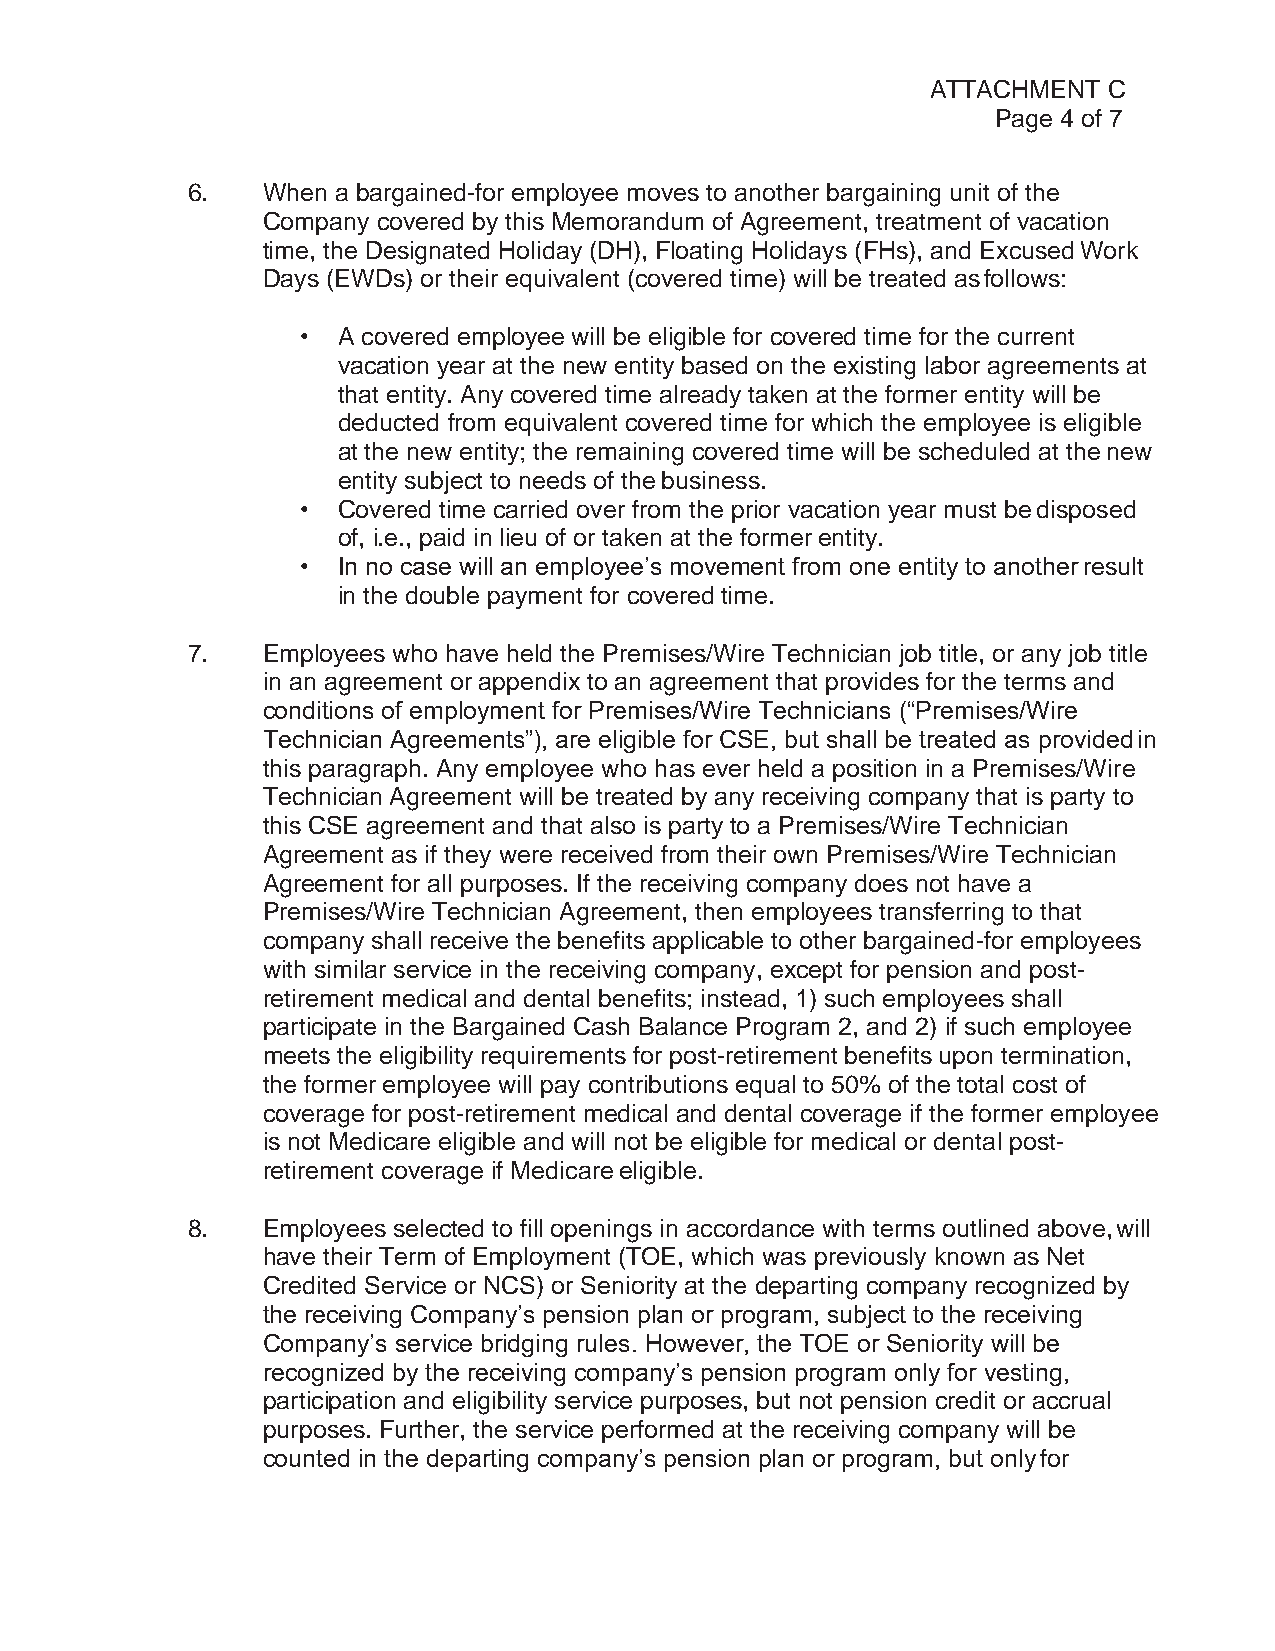
ATTACHMENT C
 Page 4 of 7
 6.   When a bargained-for employee moves to another bargaining unit of the
 Company covered by this Memorandum of Agreement, treatment of vacation
 time, the Designated Holiday (DH), Floating Holidays (FHs), and Excused Work
 Days (EWDs) or their equivalent (covered time) will be treated as follows:
 • A covered employee will be eligible for covered time for the current
 vacation year at the new entity based on the existing labor agreements at
 that entity. Any covered time already taken at the former entity will be
 deducted from equivalent covered time for which the employee is eligible
 at the new entity; the remaining covered time will be scheduled at the new
 entity subject to needs of the business.
 • Covered time carried over from the prior vacation year must be disposed
 of, i.e., paid in lieu of or taken at the former entity.
 • In no case will an employee’s movement from one entity to another result
 in the double payment for covered time.
 7.   Employees who have held the Premises/Wire Technician job title, or any job title
 in an agreement or appendix to an agreement that provides for the terms and
 conditions of employment for Premises/Wire Technicians (“Premises/Wire
 Technician Agreements”), are eligible for CSE, but shall be treated as provided in
 this paragraph. Any employee who has ever held a position in a Premises/Wire
 Technician Agreement will be treated by any receiving company that is party to
 this CSE agreement and that also is party to a Premises/Wire Technician
 Agreement as if they were received from their own Premises/Wire Technician
 Agreement for all purposes. If the receiving company does not have a
 Premises/Wire Technician Agreement, then employees transferring to that
 company shall receive the benefits applicable to other bargained-for employees
 with similar service in the receiving company, except for pension and post-
 retirement medical and dental benefits; instead, 1) such employees shall
 participate in the Bargained Cash Balance Program 2, and 2) if such employee
 meets the eligibility requirements for post-retirement benefits upon termination,
 the former employee will pay contributions equal to 50% of the total cost of
 coverage for post-retirement medical and dental coverage if the former employee
 is not Medicare eligible and will not be eligible for medical or dental post-
 retirement coverage if Medicare eligible.
 8.   Employees selected to fill openings in accordance with terms outlined above, will
 have their Term of Employment (TOE, which was previously known as Net
 Credited Service or NCS) or Seniority at the departing company recognized by
 the receiving Company’s pension plan or program, subject to the receiving
 Company’s service bridging rules. However, the TOE or Seniority will be
 recognized by the receiving company’s pension program only for vesting,
 participation and eligibility service purposes, but not pension credit or accrual
 purposes. Further, the service performed at the receiving company will be
 counted in the departing company’s pension plan or program, but only for